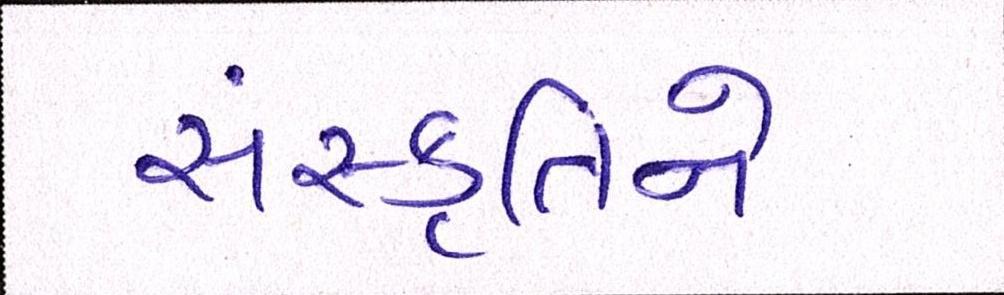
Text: સંસ્કૃતિને